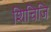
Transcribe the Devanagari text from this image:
शिचिजि